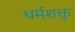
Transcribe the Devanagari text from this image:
धर्मशक्तु